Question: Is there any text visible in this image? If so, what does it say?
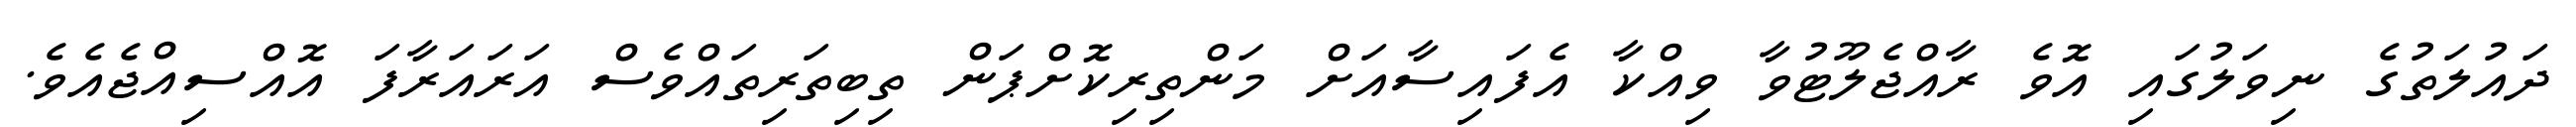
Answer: ދައުލަތުގެ ނިވަލުގައި އޮވެ ރާއްޖެލޫޓުވާ ވިއްކާ އެފައިސާއަށް މަންތިރިކޮށްޕަން ތިބިތަރިތައްވެސް އަރައަރާފަ އޮއްސިއްޖެއެވެ.